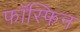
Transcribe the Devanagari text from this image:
फॉस्फिन